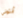
أنتوني